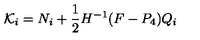
{ \cal K } _ { i } = { N } _ { i } + \frac { 1 } { 2 } H ^ { - 1 } ( F - P _ { 4 } ) Q _ { i }